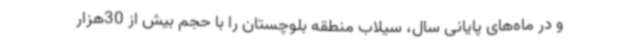
و در ماه‌های پایانی سال، سیلاب منطقه بلوچستان را با حجم بیش از 30هزار